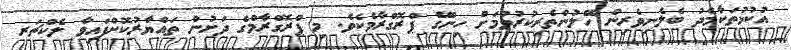
އުކުޅުތަކާމެދު ބެލެނިވެރިން ހޭލުންތެރިކުރުވުމަށް ހިންގޭ ޕްރޮގްރާމެކެވެ. މި ޕްރޮގްރާމްގެ ދަށުން ތައްޔާރުކޮށްފައިވާ ލެކްޗަރ